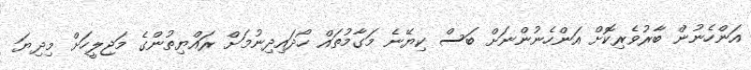
އަންހެނުން ބާރުވެރިކޮށް އަންހެނުންނަށް ބަސް ކިޔޭނެ މަގާމުތައް ހޯދައިދިނުމަށް ރައްޔިތުންގެ މަޖިލީހަށް މިދިޔަ